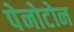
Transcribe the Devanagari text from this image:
पेनोटोन